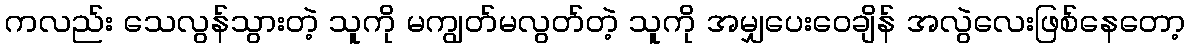
ကလည်း သေလွန်သွားတဲ့ သူကို မကျွတ်မလွတ်တဲ့ သူကို အမျှပေးဝေချိန် အလွဲလေးဖြစ်နေတော့